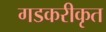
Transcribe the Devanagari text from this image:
गडकरीकृत